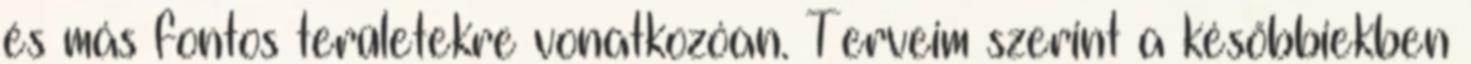
és más fontos területekre vonatkozóan. Terveim szerint a későbbiekben